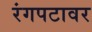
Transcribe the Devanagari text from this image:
रंगपटावर